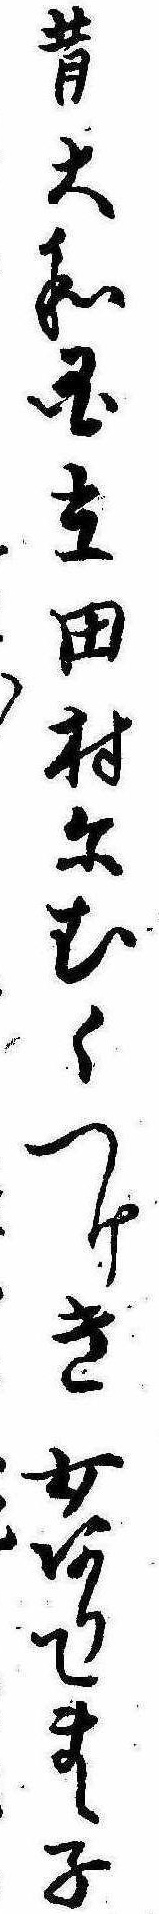
昔大和国立田村にむくつけき女ありてまゝ子